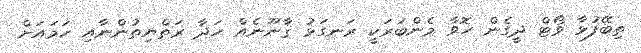
ތިބޭފުޅާ ވޯޓް ދީގެން ހޮވާ މެންބަރަކީ ރަނގަޅު ޤާނޫނެއް ހަދާ ރަތްޔިތުންނާއި ހަމައަށް